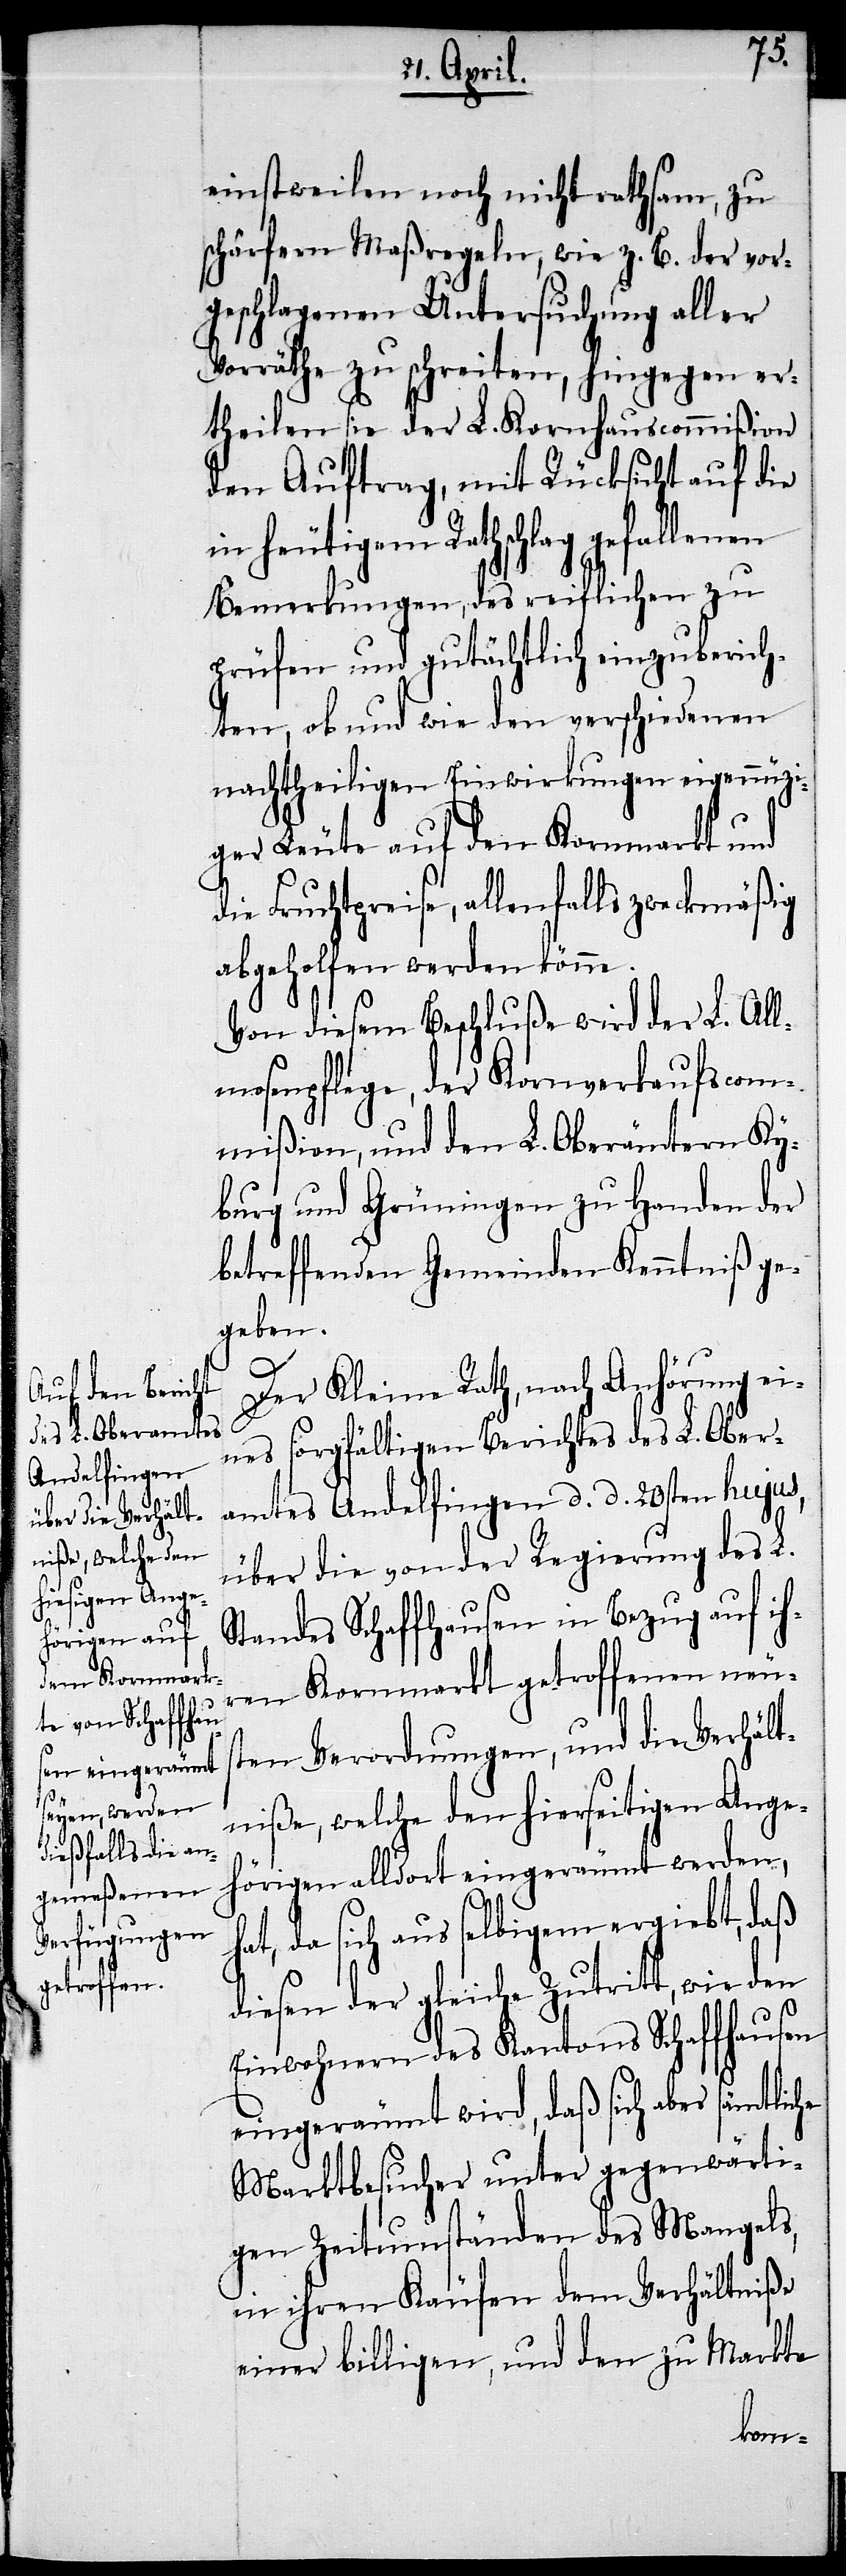
h¬
einstweilen noch nicht rathsam, zu
schärfern Maßregeln, wie z. B. der vor¬
geschlagenen Untersuchung aller
Vorräthe zu schreiten, hingegen er¬
theilen sie der L. Kornhauscommißion
den Auftrag, mit Rücksicht auf die
heutigem Rathschlag gefallenen
Bemerkungen, des reiflichen zu
prüfen und gutächtlich einzuberich¬
ten, ob und wie den verschiedenen
nachtheiligen Einwirkungen eigennüzi¬
ger Leute auf den Kornmarkt und
die Fruchtpreise, allenfalls zweckmäßig
abgeholfen werden könne.
Von diesem Beschluße wird der L. Al¬
lmosenpflege, der Kornverkaufscom¬
mißion, und den L. Oberämtern Ky¬
burg und Grüningen zu Handen der
betreffenden Gemeinden Kenntniß ge¬
geben.
Der Kleine Rath, nach Anhörung ei¬
nes sorgfältigen Berichtes des L. Ober¬
amtes Andelfingen d. d. 20sten hujus,
über die von der Regierung des L.
Standes Schaffhausen in Bezug auf ih¬
ren Kornmarkt getroffenen neus¬
ten Verordnungen, und die Verhält¬
niße, welche den hierseitigen Ange¬
hörigen alldort eingeräumt werden,
at, da sich aus selbigem ergiebt, daß
diesen der gleiche Zutritt, wie den
Einwohnern des Kantons Schaffhausen
eingeräumt wird, daß sich aber sämtliche
Marktbesucher unter gegenwärti¬
gen Zeitumständen des Mangels,
in ihren Käufen dem Verhältniße
einer billigen, und den zu Markte